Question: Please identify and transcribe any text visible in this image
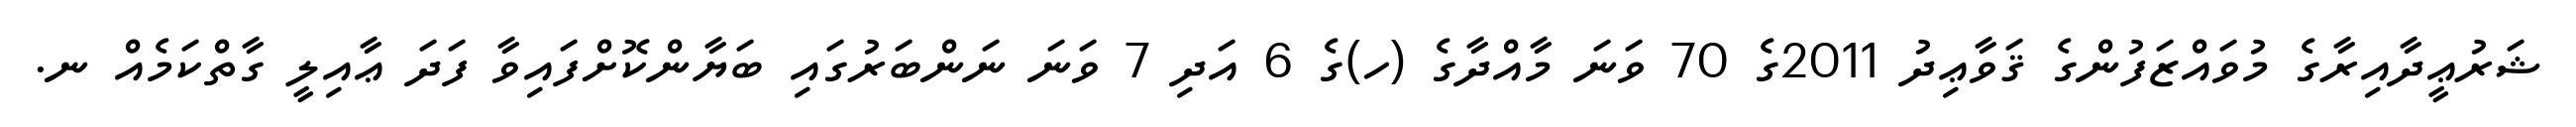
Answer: ޝަރުޢީދާއިރާގެ މުވައްޒަފުންގެ ޤަވާޢިދު 2011ގެ 70 ވަނަ މާއްދާގެ (ހ)ގެ 6 އަދި 7 ވަނަ ނަންބަރުގައި ބަޔާންކޮށްފައިވާ ފަދަ ޢާއިލީ ގާތްކަމެއް ނ.